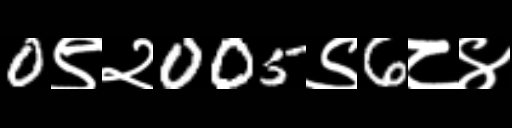
Text: 0९२005९6८४